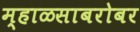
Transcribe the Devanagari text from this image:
म्हाळसाबरोबर